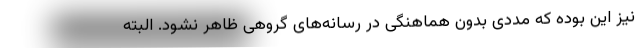
نیز این بوده که مددی بدون هماهنگی در رسانه‌های گروهی ظاهر نشود. البته